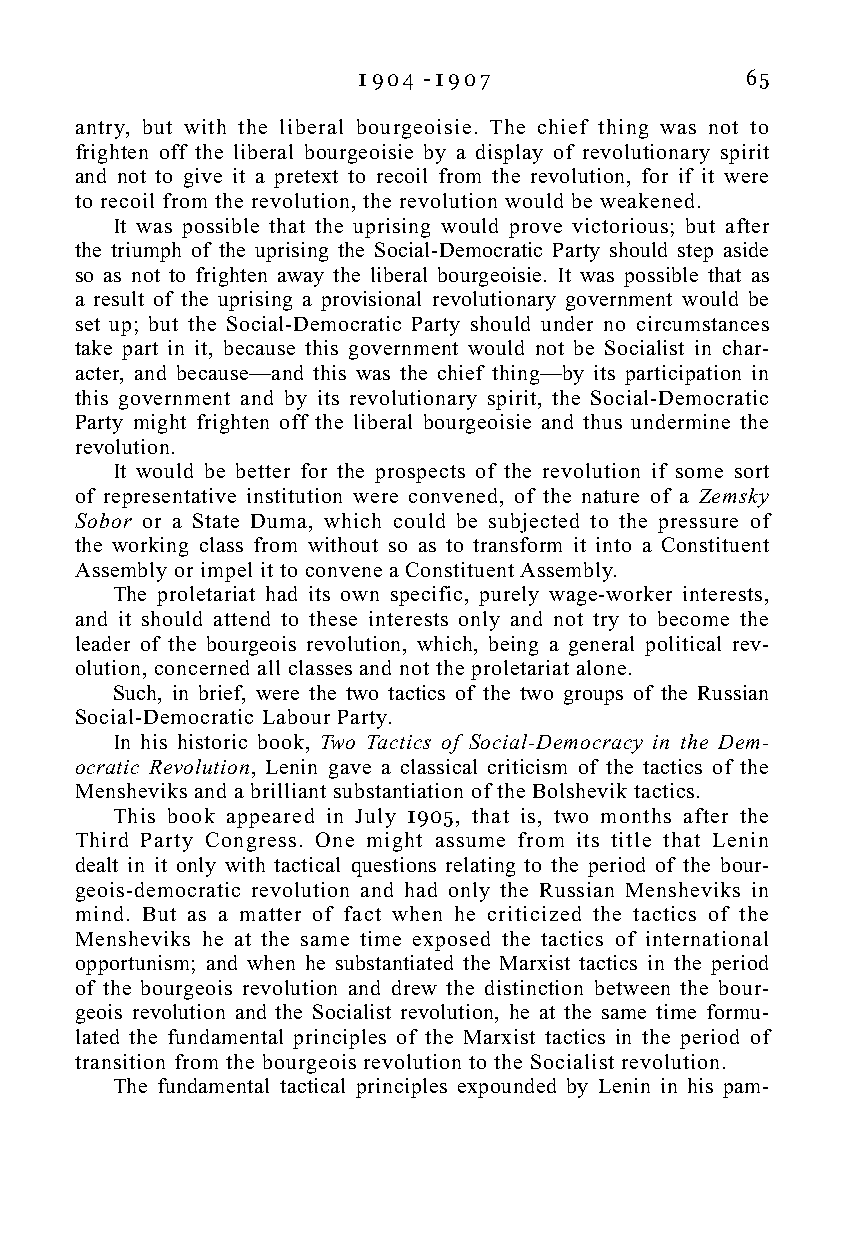
1 9 0 4 - 1 9 0 7        65
 antry, but with the liberal bourgeoisie. The chief thing was not to
 frighten off the liberal bourgeoisie by a display of revolutionary spirit
 and not to give it a pretext to recoil from the revolution, for if it were
 to recoil from the revolution, the revolution would be weakened.
 It was possible that the uprising would prove victorious; but after
 the triumph of the uprising the Social-Democratic Party should step aside
 so as not to frighten away the liberal bourgeoisie. It was possible that as
 a result of the uprising a provisional revolutionary government would be
 set up; but the Social-Democratic Party should under no circumstances
 take part in it, because this government would not be Socialist in char-
 acter, and because—and this was the chief thing—by its participation in
 this government and by its revolutionary spirit, the Social-Democratic
 Party might frighten off the liberal bourgeoisie and thus undermine the
 revolution.
 It would be better for the prospects of the revolution if some sort
 of representative institution were convened, of the nature of a Zemsky
 Sobor or a State Duma, which could be subjected to the pressure of
 the working class from without so as to transform it into a Constituent
 Assembly or impel it to convene a Constituent Assembly.
 The proletariat had its own specific, purely wage-worker interests,
 and it should attend to these interests only and not try to become the
 leader of the bourgeois revolution, which, being a general political rev-
 olution, concerned all classes and not the proletariat alone.
 Such, in brief, were the two tactics of the two groups of the Russian
 Social-Democratic Labour Party.
 In his historic book, Two Tactics of Social-Democracy in the Dem-
 ocratic Revolution, Lenin gave a classical criticism of the tactics of the
 Mensheviks and a brilliant substantiation of the Bolshevik tactics.
 This book appeared in July 1905, that is, two months after the
 Third Party Congress. One might assume from its title that Lenin
 dealt in it only with tactical questions relating to the period of the bour-
 geois-democratic revolution and had only the Russian Mensheviks in
 mind. But as a matter of fact when he criticized the tactics of the
 Mensheviks he at the same time exposed the tactics of international
 opportunism; and when he substantiated the Marxist tactics in the period
 of the bourgeois revolution and drew the distinction between the bour-
 geois revolution and the Socialist revolution, he at the same time formu-
 lated the fundamental principles of the Marxist tactics in the period of
 transition from the bourgeois revolution to the Socialist revolution.
 The fundamental tactical principles expounded by Lenin in his pam-